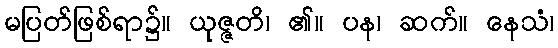
မပြတ်ဖြစ်ရာ၌။ ယုဇ္ဇတိ၊ ၏။ ပန၊ ဆက်။ နေသံ၊